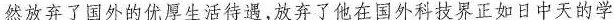
然放弃了国外的优厚生活待遇，放弃了他在国外科技界正如日中天的学